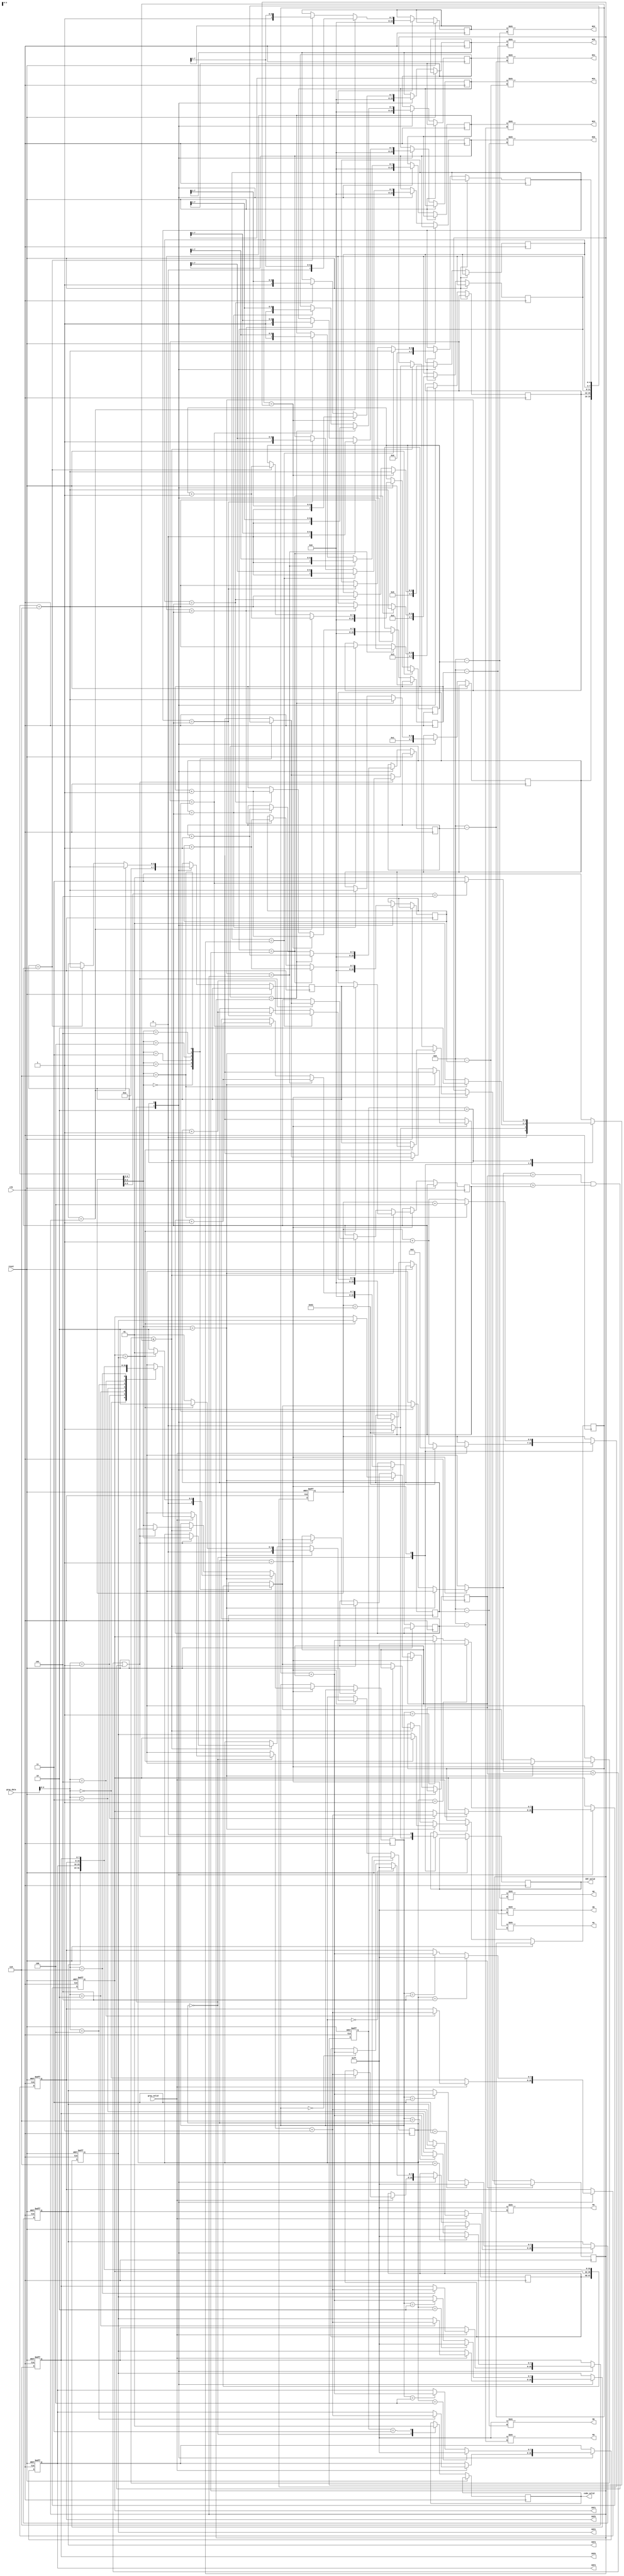
module huffman(
input clk,
input reset,
input gray_valid,
input [7:0] gray_data,
output reg CNT_valid,
output reg [7:0] CNT1, CNT2, CNT3, CNT4, CNT5, CNT6,
output reg code_valid,
output reg [7:0] HC1, HC2, HC3, HC4, HC5, HC6,
output reg [7:0] M1, M2, M3, M4, M5, M6
);


reg [7:0] CNT[1:6], HC[1:6], M[1:6];

reg [1:0] current_state, next_state;
reg [6:0] counter;
reg [3:0] group[1:6], max_group, min_group;
reg [2:0] max, min;
reg [7:0] max_CNT, min_CNT;

integer i;
parameter [2:0] LOAD    = 2'd0,
                FIND    = 2'd1,
                COMBINE = 2'd2,
                END     = 2'd3;

always @(*) begin
    CNT1 = CNT[1]; CNT2 = CNT[2]; CNT3 = CNT[3]; CNT4 = CNT[4]; CNT5 = CNT[5]; CNT6 = CNT[6]; //
    HC1 = HC[1] >> (8'd8 - M[1]); HC2 = HC[2] >> (8'd8 - M[2]); HC3 = HC[3] >> (8'd8 - M[3]);
    HC4 = HC[4] >> (8'd8 - M[4]); HC5 = HC[5] >> (8'd8 - M[5]); HC6 = HC[6] >> (8'd8 - M[6]);
    M1 = 8'd255 >> (8'd8 - M[1]); M2 = 8'd255 >> (8'd8 - M[2]); M3 = 8'd255 >> (8'd8 - M[3]);
    M4 = 8'd255 >> (8'd8 - M[4]); M5 = 8'd255 >> (8'd8 - M[5]); M6 = 8'd255 >> (8'd8 - M[6]);
end

always @(posedge clk or posedge reset) begin
    if( reset ) begin
        current_state <= LOAD;
        counter <= 7'd0;
        for(i = 1; i <= 6; i = i+1)
            CNT[i] <= 7'd0;
    end
    else begin
        current_state <= next_state;
        case (current_state)
            LOAD: begin
                code_valid <= 1'd0;
                CNT_valid <= (counter == 7'd99) ? 1'd1 : 1'd0;
                if(gray_valid) begin
                    counter <= (counter == 7'd99) ? 7'd2 : counter + 7'd1;
                    CNT[gray_data] <= CNT[gray_data] + 7'd1;
                end

                for(i = 1; i <= 6 ; i = i+1) begin
                    group[i] <= i;
                    HC[i] <= 8'd0;
                    M[i] <= 8'd0;
                end
            end
            FIND: begin
                CNT_valid <= 1'd0;
                counter <= (counter[2:0] == 3'd6) ? counter + 7'd4 : counter + 7'd1;
                case (counter[2:0])
                    2: begin
                        max <= (CNT[1] > CNT[2]) ? 3'd1 : 3'd2;
                        min <= (CNT[1] > CNT[2]) ? 3'd2 : 3'd1;
                        max_CNT <= (CNT[1] > CNT[2]) ? CNT[1] : CNT[2];
                        min_CNT <= (CNT[1] > CNT[2]) ? CNT[2] : CNT[1];
                        max_group <= (CNT[1] > CNT[2]) ? group[1] : group[2];
                        min_group <= (CNT[1] > CNT[2]) ? group[2] : group[1];
                    end
                    default: begin
                        if(CNT[counter[2:0]] <= max_CNT) begin
                            max <= (CNT[counter[2:0]] < min_CNT || CNT[counter[2:0]] == min_CNT && group[counter[2:0]] > min_group) ? min : counter[2:0];
                            min <= (CNT[counter[2:0]] < min_CNT || CNT[counter[2:0]] == min_CNT && group[counter[2:0]] > min_group) ? counter[2:0] : min;
                            max_CNT <= (CNT[counter[2:0]] < min_CNT || CNT[counter[2:0]] == min_CNT && group[counter[2:0]] > min_group) ? min_CNT : CNT[counter[2:0]];
                            min_CNT <= (CNT[counter[2:0]] < min_CNT || CNT[counter[2:0]] == min_CNT && group[counter[2:0]] > min_group) ? CNT[counter[2:0]] : min_CNT;
                            max_group <= (CNT[counter[2:0]] < min_CNT || CNT[counter[2:0]] == min_CNT && group[counter[2:0]] > min_group) ? min_group: group[counter[2:0]];
                            min_group <= (CNT[counter[2:0]] < min_CNT || CNT[counter[2:0]] == min_CNT && group[counter[2:0]] > min_group) ? group[counter[2:0]] : min_group;
                        end
                    end
                endcase
            end
            COMBINE: begin
                CNT[max] <= max_CNT + min_CNT;
                CNT[min] <= 8'd255;
                for(i = 1; i <= 6 ; i = i+1) begin
                    if(group[i] == max_group) begin
                        M[i] <= M[i] + 8'd1;
                        HC[i] <= (HC[i] >> 1);
                        group[i] <= counter[6:3] + 4'd6;
                    end
                    else if(group[i] == min_group) begin
                        M[i] <= M[i] + 8'd1;
                        HC[i] <= {1'd1, HC[i][7:1]};
                        group[i] <= counter[6:3] + 4'd6;
                    end
                end
            end
            END: begin
                code_valid <= 1'd1;
            end
        endcase
    end
end


always @(*) begin
    case (current_state)
        LOAD: begin
            next_state = (counter == 7'd99) ? FIND : LOAD;
        end
        FIND: begin
            next_state = (counter[2:0] == 3'd6) ? COMBINE : FIND;
        end
        COMBINE: begin
            next_state = (counter[5:3] == 3'd5) ? END : FIND;
        end
        default: next_state = END;
    endcase
end

endmodule